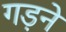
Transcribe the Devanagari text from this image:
गड़ने